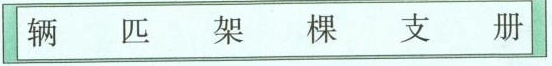
辆 匹 架 棵 支 册